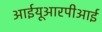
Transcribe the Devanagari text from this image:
आईयूआरपीआई